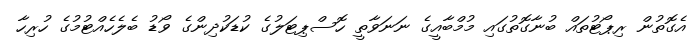
އެގޮތުން ރިޕޯޓުތައް ބުނާގޮތުގައި މުމްބާއީގެ ނަނަވާތީ ހޮސްޕިޓަލުގެ ކުޑަކުދިންގެ ވޯޑު ބެލެހެއްޓުމުގެ ހުރިހާ